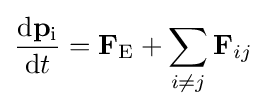
{\frac {\mathrm {d} \mathbf {p} _{\mathrm {i} }}{\mathrm {d} t}}=\mathbf {F} _{\text{E}}+\sum _{i\neq j}\mathbf {F} _{ij}